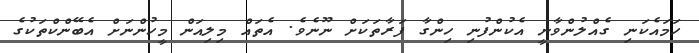
ހަމައެކަނި ގެއްލުންވާނީ އެކުންފުނި ހިންގާ ފަރާތަކަށް ނޫނެވެ. އެތައް މިލިއަން މީހުންނަށް އެބޭންކްތަކުގެ